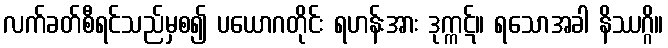
လက်ခတ်စီရင်သည်မှစ၍ ပယောဂတိုင်း ရဟန်းအား ဒုက္ကဋ်။ ရသောအခါ နိဿဂ္ဂိ။